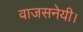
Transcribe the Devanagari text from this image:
वाजसनेयी।